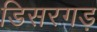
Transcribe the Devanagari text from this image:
डिसरगड़